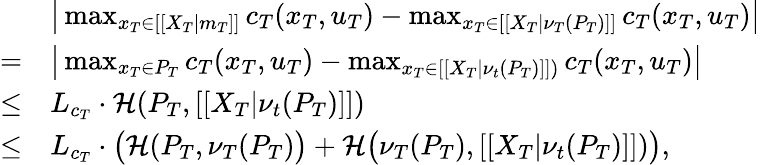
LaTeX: \begin{array}{rl}&{\big|\operatorname*{max}_{x_{T}\in[[X_{T}|m_{T}]]}c_{T}(x_{T},u_{T})-\operatorname*{max}_{x_{T}\in[[X_{T}|\nu_{T}({P}_{T})]]}c_{T}(x_{T},u_{T})\big|}\\ {=}&{\big|\operatorname*{max}_{x_{T}\in P_{T}}c_{T}(x_{T},u_{T})-\operatorname*{max}_{x_{T}\in[[X_{T}|\nu_{t}({P}_{T})]])}c_{T}(x_{T},u_{T})\big|}\\ {\leq}&{L_{c_{T}}\cdot\mathcal{H}(P_{T},[[X_{T}|\nu_{t}({P}_{T})]])}\\ {\leq}&{L_{c_{T}}\cdot\big(\mathcal{H}(P_{T},\nu_{T}(P_{T})\big)+\mathcal{H}\big(\nu_{T}(P_{T}),[[X_{T}|\nu_{t}({P}_{T})]])\big),}\end{array}